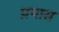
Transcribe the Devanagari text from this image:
प़यास